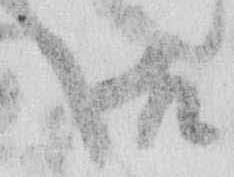
御